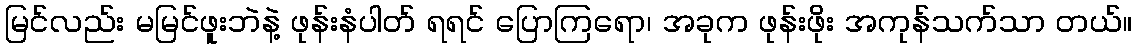
မြင်လည်း မမြင်ဖူးဘဲနဲ့ ဖုန်းနံပါတ် ရရင် ပြောကြရော၊ အခုက ဖုန်းဖိုး အကုန်သက်သာ တယ်။